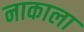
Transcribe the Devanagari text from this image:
नाकाला